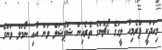
މިއަދަކީ ޕްރެމިއާ ލީގުގެ ކޯޗުންގެ ތެރެއިން ޝްޕެޝަލް ވަން އާއި ނޯމަލް ވަންގެ